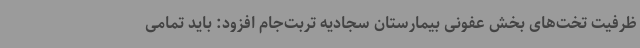
ظرفیت تخت‌های بخش عفونی بیمارستان سجادیه تربت‌جام افزود: باید تمامی